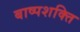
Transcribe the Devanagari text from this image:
बाष्पशक्ति